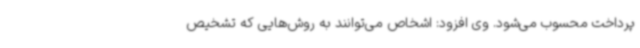
پرداخت محسوب می‌شود. وی افزود: اشخاص می‌توانند به روش‌هایی که تشخیص